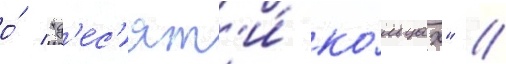
о́ "д'ес'ят'и́ ко́льцах" //